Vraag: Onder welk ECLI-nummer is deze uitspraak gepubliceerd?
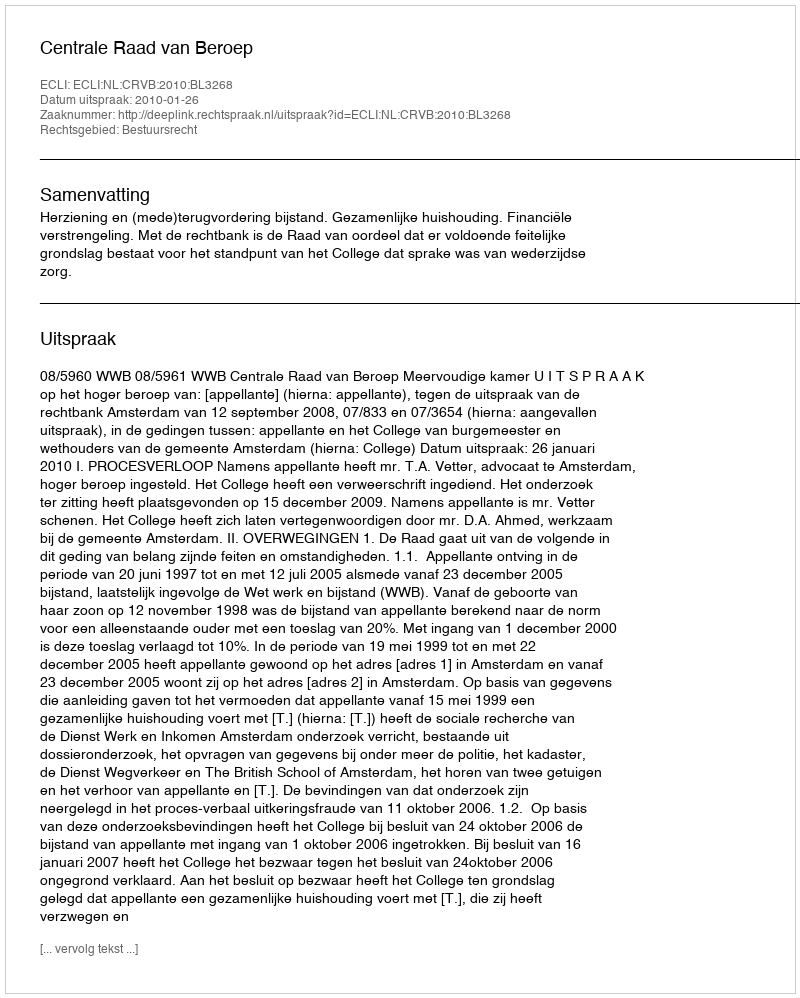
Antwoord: ECLI:NL:CRVB:2010:BL3268